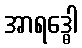
အာရဒ္ဓေါ